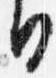
日